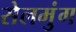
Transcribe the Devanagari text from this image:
सेलमुंग